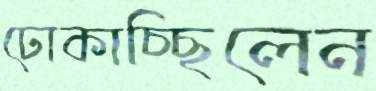
ঢোকাচ্ছিলেন